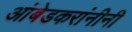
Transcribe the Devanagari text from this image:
आंबेडकरांनीनी